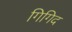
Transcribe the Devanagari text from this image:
गिगिद